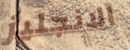
الانجليز